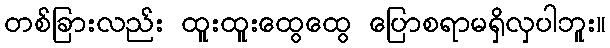
တစ်ခြားလည်း ထူးထူးထွေထွေ ပြောစရာမရှိလှပါဘူး။